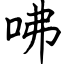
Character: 咈